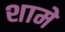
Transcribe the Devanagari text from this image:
शामे